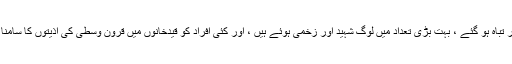
کئی افراد کے گھر تباہ ہو گئے ، بہت بڑی تعداد میں لوگ شہید اور زخمی ہوئے ہیں ، اور کئی افراد کو قیدخانوں میں قرون وسطی کی اذیتوں کا سامنا کرنا پڑ رہا ہے ۔